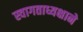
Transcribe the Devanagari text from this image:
स्वागताध्यक्षाने